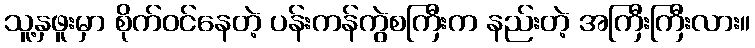
သူ့နှဖူးမှာ စိုက်ဝင်နေတဲ့ ပန်းကန်ကွဲစကြီးက နည်းတဲ့ အကြီးကြီးလား။